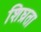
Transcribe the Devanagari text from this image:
शिघ्रता